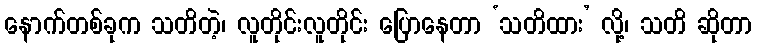
နောက်တစ်ခုက သတိတဲ့၊ လူတိုင်းလူတိုင်း ပြောနေတာ ‘သတိထား’ လို့၊ သတိ ဆိုတာ